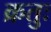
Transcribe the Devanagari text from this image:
क्रतुः